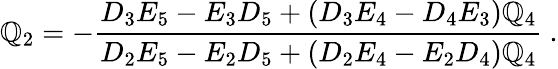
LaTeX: \mathbb{Q}_{2}=-\frac{{D_{3}E_{5}-E_{3}D_{5}+\left(D_{3}E_{4}-D_{4}E_{3}\right)\mathbb{Q}_{4}}}{{D_{2}E_{5}-E_{2}D_{5}+\left(D_{2}E_{4}-E_{2}D_{4}\right)\mathbb{Q}_{4}}}\ .